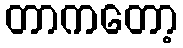
တာကတော့